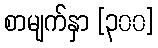
စာမျက်နှာ [၃၀၀]